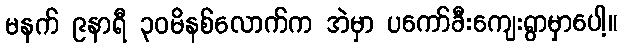
မနက် ၉နာရီ ၃ဝမိနစ်လောက်က အဲမှာ ပကော်ခီးကျေးရွာမှာပေါ့။